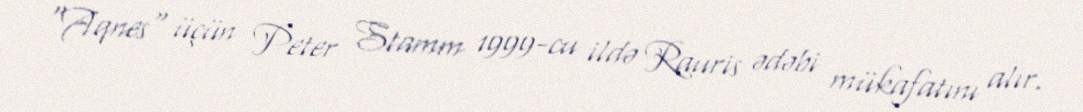
"Aqnes" üçün Peter Stamm 1999-cu ildə Rauris ədəbi mükafatını alır.